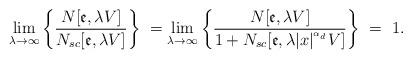
LaTeX: \begin{align*}\lim_{\lambda \rightarrow \infty }\bigg\{\frac{N[\mathfrak{e},\lambda V]}{N_{sc}[\mathfrak{e},\lambda V]}\bigg\}\ =\lim_{\lambda \rightarrow \infty }\bigg\{\frac{N[\mathfrak{e},\lambda V]}{1+N_{sc}[\mathfrak{e},\lambda|x|^{^{\alpha _{d}}}V]}\bigg\}\ =\ 1. \end{align*}